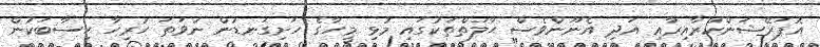
އޮޕަރޭޝަންކުރާއިރާއި އަދި އެނޫންވެސް ޙާލަތްތަކުގައި މުޅި މީހާގެ ހަށިގަނޑުން ނުވަތަ ހުރިހާ ހިސާބަކުން